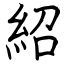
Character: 紹